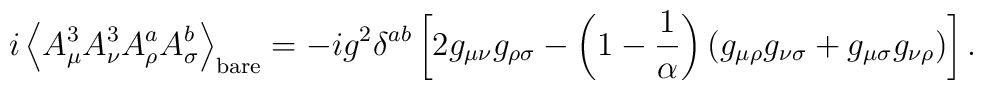
i\left<A_\mu^3A_\nu^3       A_\rho^aA_\sigma^b\right>_{\rm bare}  =-ig^2\delta^{ab}    \left[2g_{\mu\nu}g_{\rho\sigma}          -\left(1-\frac1\alpha\right)          (g_{\mu\rho}g_{\nu\sigma}+g_{\mu\sigma}g_{\nu\rho})\right].